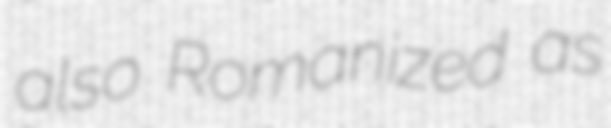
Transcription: also Romanized as